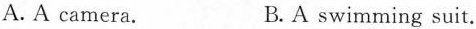
A.A camera. B. A swimming suit.